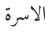
الاسرة